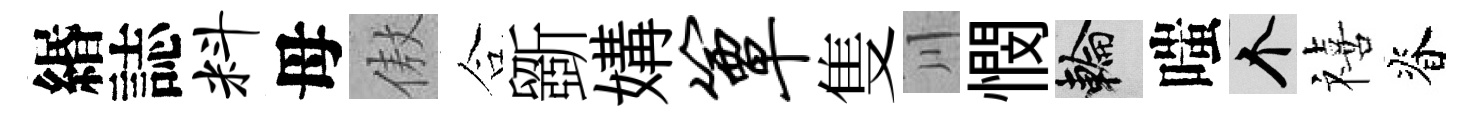
緡誌料母傲合斵媾簟隻川憫輪嗤个禧脊